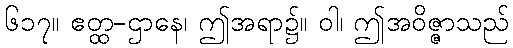
၆၁၇။ ဧတ္ထ-ဌာနေ၊ ဤအရာ၌။ ဝါ၊ ဤအဝိဇ္ဇာသည်